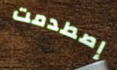
إصطدمت